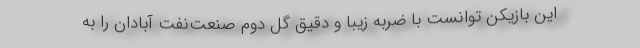
این بازیکن توانست با ضربه زیبا و دقیق گل دوم صنعت‌نفت آبادان را به